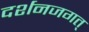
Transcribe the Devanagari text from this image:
दर्शनजगत्